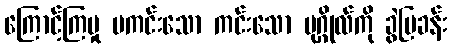
ကြောင့်ကြမှု မကင်းသော ကင်းသော ပုဂ္ဂိုလ်ကို ခွဲပြခန်း